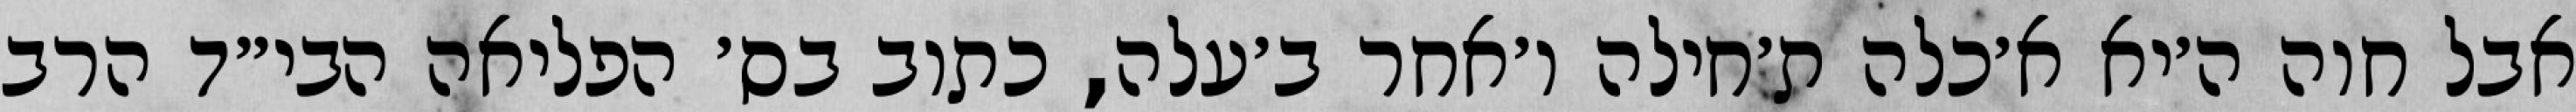
אבל חוה ה׳יא א׳כלה ת׳חילה ו׳אחר ב׳עלה, כתוב בס׳ הפליאה הבי״ד הרב